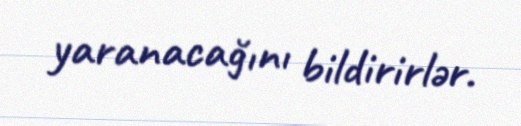
yaranacağını bildirirlər.